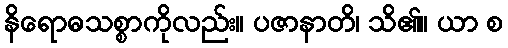
နိရောဓသစ္စာကိုလည်း။ ပဇာနာတိ၊ သိ၏။ ယာ စ